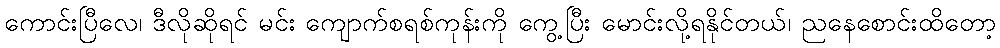
ကောင်းပြီလေ၊ ဒီလိုဆိုရင် မင်း ကျောက်စရစ်ကုန်းကို ကွေ့ပြီး မောင်းလို့ရနိုင်တယ်၊ ညနေစောင်းထိတော့